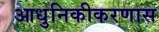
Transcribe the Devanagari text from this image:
आधुनिकीकरणास